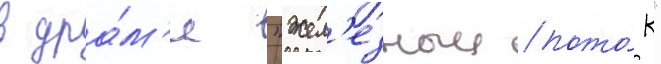
в дра́м'е "жел'езныи пото́к"